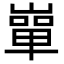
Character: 𡼤